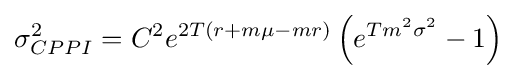
\sigma _{CPPI}^{2}=C^{2}e^{2T(r+m\mu -mr)}\left(e^{Tm^{2}\sigma ^{2}}-1\right)